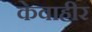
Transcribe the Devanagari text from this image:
केवाहीर